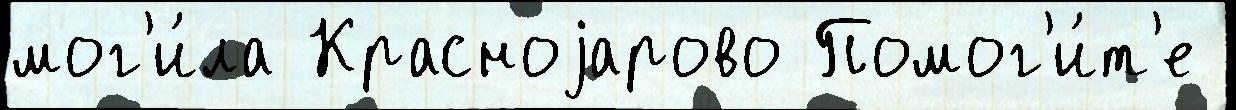
мог'и́ла Красноjарово Помог'и́т'е